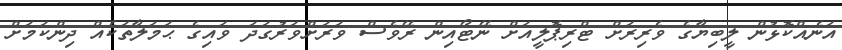
އަނެއްކޮޅުން ލީބިޔާގެ ވެރިރަށް ޓްރިޕޮލީއަށް ނޭޓޯއިން ރޭވެސް ވަރަށްވަރުގަދަ ވައިގެ ޙަމަލާތަކެއް ދިންކަމަށް